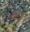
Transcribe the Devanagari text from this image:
इनैटेंशन